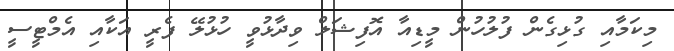
މިކަމާއި ގުޅިގެން ފުލުހުން މީޑިއާ އޮފިޝަލް ވިދާޅުވީ ހުޅުލޭ ފެރީ އަކާއި އެމްޓީސީ